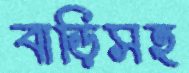
বাড়িসহ